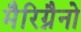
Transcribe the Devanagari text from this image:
मैरिग्नैनो